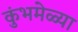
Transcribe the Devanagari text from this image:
कुंभमेळ्या